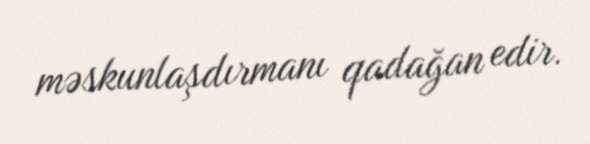
məskunlaşdırmanı qadağan edir.